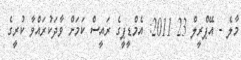
މާލެ - އޭޕްރީލް 23 2011: އެމްޑީޕީގެ ރައީސް ކަމަށް ވާދަކުރައްވާ ކުރީގެ